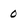
Character: 0